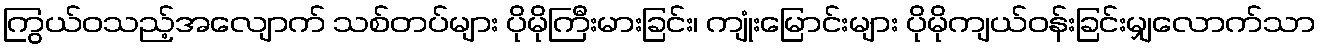
ကြွယ်ဝသည့်အလျောက် သစ်တပ်များ ပိုမိုကြီးမားခြင်း၊ ကျုံးမြောင်းများ ပိုမိုကျယ်ဝန်းခြင်းမျှလောက်သာ